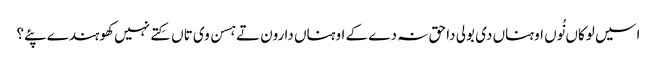
اسیں لوکاں نُوں اوہناں دی بولی دا حق نہ دے کے اوہناں دا رون تے ہسن وی تاں کِتے نہیں کھوہندے پئے؟